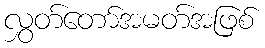
လွှတ်တော်အမတ်အဖြစ်